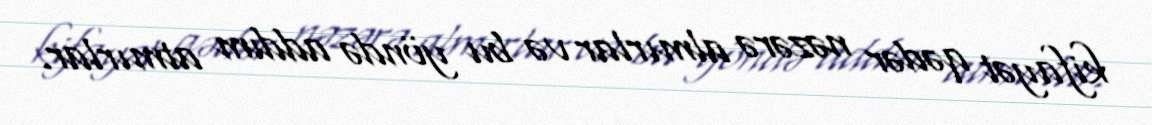
kifayət qədər nəzərə almırlar və bu yöndə addım atmırlar.